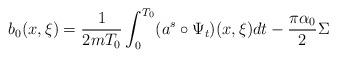
LaTeX: \begin{align*}b_0 (x,\xi )={\frac{1}{2mT_0}}\int_0^{T_0}(a^s\circ\Psi_t)(x,\xi )dt -{\frac{\pi \alpha_0}{2}} \Sigma\end{align*}